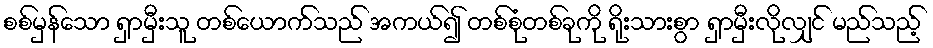
စစ်မှန်သော ရှာမှီးသူ တစ်ယောက်သည် အကယ်၍ တစ်စုံတစ်ခုကို ရိုးသားစွာ ရှာမှီးလိုလျှင် မည်သည့်